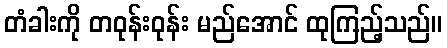
တံခါးကို တဝုန်းဝုန်း မည်အောင် ထုကြည့်သည်။